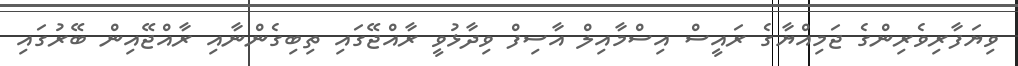
ވިޔަފާރިވެރިންގެ ޖަމިއްޔާގެ ރައީސް އިސްމާއިލް އާސިފް ވިދާޅުވީ ރާއްޖޭގައި ތިބިގެންނާއި ރާއްޖޭއިން ބޭރުގައި